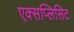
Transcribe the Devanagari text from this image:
एक्सप्लिसिट